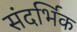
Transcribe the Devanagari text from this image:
संदर्भिक